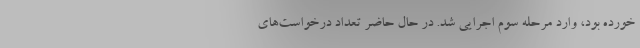
خورده بود، وارد مرحله سوم اجرایی شد. در حال حاضر تعداد درخواست‌های